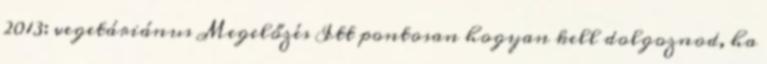
2013: vegetáriánus Megelőzés Itt pontosan hogyan kell dolgoznod, ha